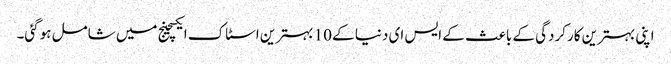
اپنی بہترین کارکردگی کے باعث کے ایس ای دنیا کے 10 بہترین اسٹاک ایکسچینج میں شامل ہوگئی۔